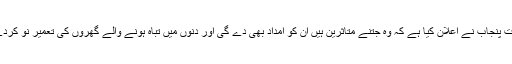
حکومتِ پنجاب نے اعلان کیا ہے کہ وہ جتنے متاثرین ہیں اُن کو امداد بھی دے گی اور دنوں میں تباہ ہونے والے گھروں کی تعمیرِ نو کردے گی۔